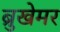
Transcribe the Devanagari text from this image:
ब्रुखेमर